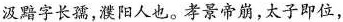
汲黯字长孺，濮阳人也。孝景帝崩，太子即位，